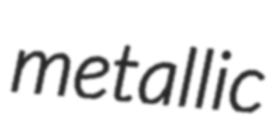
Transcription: metallic